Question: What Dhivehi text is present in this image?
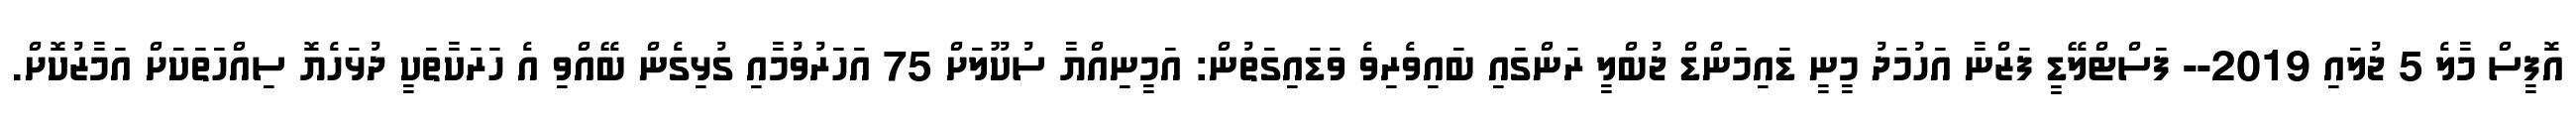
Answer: އޮފީސް މާލެ 5 ޖުލައި 2019-- ފަސްޓްލޭޑީ ފަޒްނާ އަހުމަދު މީނީ ޑައިމަންޑް ޖުބްލީ ރަންގައި ބައިވެރިވެ ވަޑައިގަތުން: އަމީނިއްޔާ ސުކޫލަށް 75 އަހަރުވުމާއި ގުޅިގެން ބޭއްވި އެ ހަރަކާތަކީ ދުޅަހެޔޮ ސިއްހަތަކަށް އަމާޒުކޮށް.